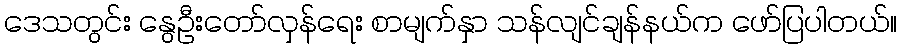
ဒေသတွင်း နွေဦးတော်လှန်ရေး စာမျက်နှာ သန်လျင်ချန်နယ်က ဖော်ပြပါတယ်။